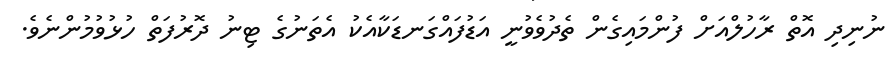
ނުނިދި އޮތް ރާހުލްއަށް ފުންމައިގެން ތެދުވެވުނީ އަޑުފައްގަނޑަކާއެކު އެތަނުގެ ޓިނު ދޮރުފަތް ހުޅުވުމުންނެވެ.